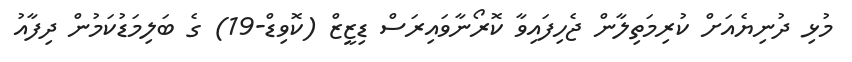
މުޅި ދުނިޔެއަށް ކުރިމަތިލާން ޖެހިފައިވާ ކޮރޯނާވައިރަސް ޑިޒީޒް (ކޮވިޑް-19) ގެ ބަލިމަޑުކަމުން ދިފާއު